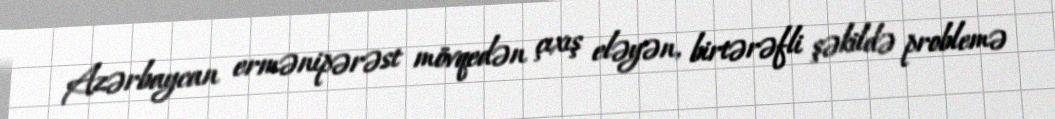
Azərbaycan ermənipərəst mövqedən çıxış eləyən, birtərəfli şəkildə problemə